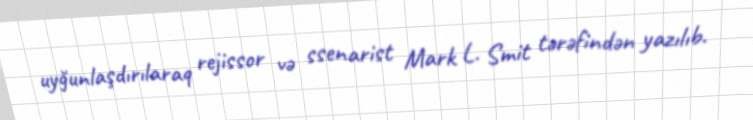
uyğunlaşdırılaraq rejissor və ssenarist Mark L. Smit tərəfindən yazılıb.